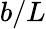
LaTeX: b/L